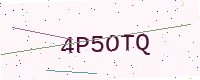
Text: 4P5OTQ